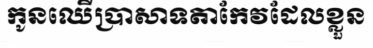
កូនឈើប្រាសាទតាកែវដែលខ្លួន